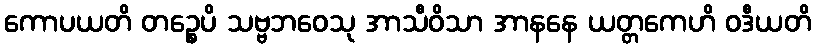
ကောပယတိ တဉ္စေပိ သဗ္ဗဘဝေသု အာသီဝိသာ အာနနေ ယတ္တကေဟိ ဝဒီယတိ